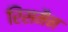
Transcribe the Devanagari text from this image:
रिसमैन